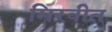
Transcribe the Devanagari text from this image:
मिरवीत